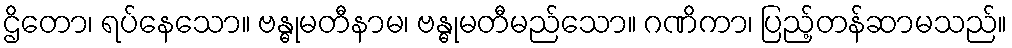
ဌိတော၊ ရပ်နေသော။ ဗန္ဓုမတီနာမ၊ ဗန္ဓုမတီမည်သော။ ဂဏိကာ၊ ပြည့်တန်ဆာမသည်။